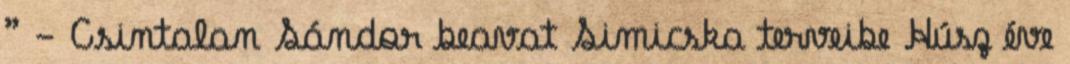
” - Csintalan Sándor beavat Simicska terveibe Húsz éve